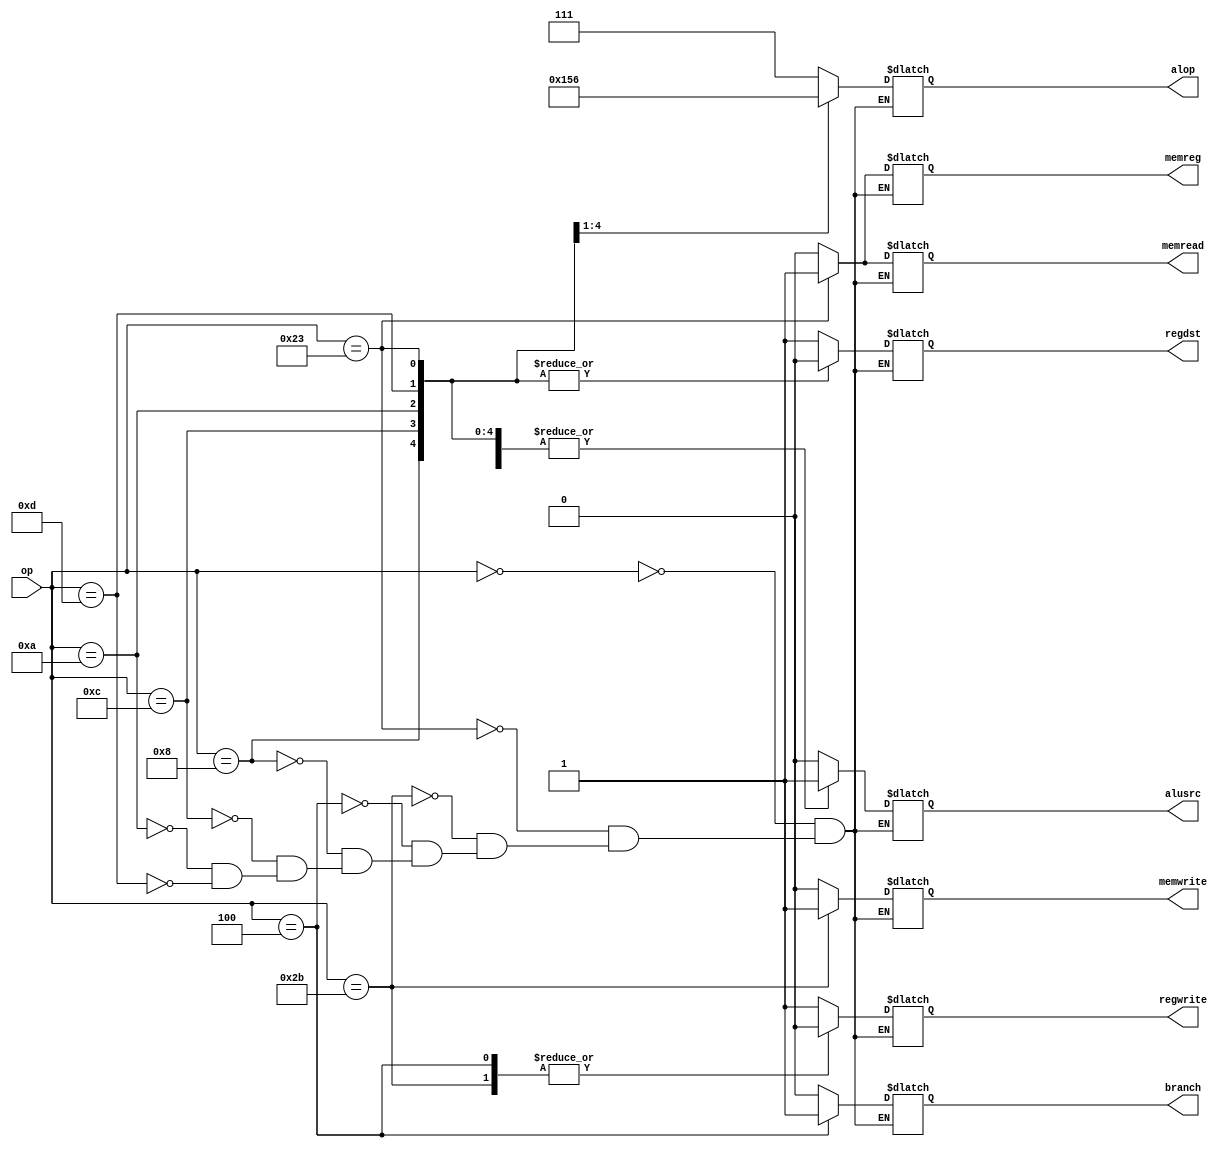
`timescale 1ns/1ns
module Unidad(
	input[5:0]op,
	output reg regdst,
	output reg branch,
	output reg memread,
	output reg memreg,
	output reg memwrite,
	output reg alusrc,
	output reg regwrite,
	output reg [2:0]alop
);
always @* begin
	case (op)
		//tipo R  //modificar las seales de todos los cases
		6'b000000: 
		begin
			regdst=1'b1;
			branch=1'b0;
			memread=1'b0;
			memreg=1'b0;
			memwrite=1'b0;
			alusrc=1'b0;
			regwrite=1'b1;
			alop=3'b111;
		end
		//LW
		6'b100011:
		begin
			regdst=1'b0;
			branch=1'b0;
			memread=1'b1;
			memreg=1'b1;
			memwrite=1'b0;
			alusrc=1'b1;
			regwrite=1'b1;
			alop=3'b111;
		end
		//SW
		6'b101011:
		begin 
			regdst=1'bX;
			branch=1'b0;
			memread=1'b0;
			memreg=1'b0;
			memwrite=1'b1;
			alusrc=1'b1;
			regwrite=1'b0;
			alop=3'b111;
		end
		//BEQ
		6'b000100:
		begin
			regdst=1'bx;
			branch=1'b1;
			memread=1'b0;
			memreg=1'b0;
			memwrite=1'b0;
			alusrc=1'b0;
			regwrite=1'b0;
			alop=3'bx;
		end
		//Addi
		6'b001000:
		begin
			regdst=1'b0;
			branch=1'b0;
			memread=1'b0;
			memreg=1'b0;
			memwrite=1'b0;
			alusrc=1'b1;
			regwrite=1'b1;
			alop=3'b000;	
		end
		//Andi
		6'b001100:
		begin
			regdst=1'b0;
			branch=1'b0;
			memread=1'b0;
			memreg=1'b0;
			memwrite=1'b0;
			alusrc=1'b1;
			regwrite=1'b1;
			alop=3'b101;	
			
		end
		//SLTI
		6'b001010:
		begin//modificar las seales 
			regdst=1'b0;
			branch=1'b0;
			memread=1'b0;
			memreg=1'b0;
			memwrite=1'b0;
			alusrc=1'b1;
			regwrite=1'b1;
			alop=3'b010;
		end
		//ORI
		6'b001101:
		begin
			regdst=1'b0;
			branch=1'b0;
			memread=1'b0;
			memreg=1'b0;
			memwrite=1'b0;
			alusrc=1'b1;
			regwrite=1'b1;
			alop=3'b110;
		end
		

	endcase
end
endmodule